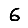
Digit: 6